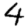
Digit: 4